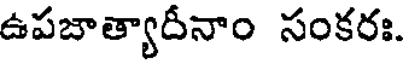
ఉపబాత్యాదీనాం సంకరః.